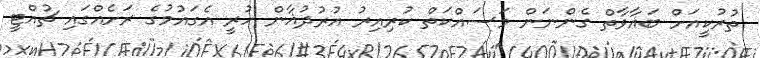
ތުރުކީއަށް ބަޣާވާތް ގެންނަން މަސައްކަތް ކުރިއިރު އުރުދުޣާން ހުރީ އެގައުމުގެ ރަށެއްގައި ޗުއްޓީ